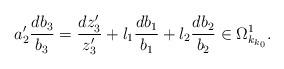
LaTeX: \begin{align*} a_2'\frac{db_3}{b_3}=\frac{dz_3'}{z_3'}+l_1\frac{db_1}{b_1} + l_2 \frac{db_2}{b_2} \in \Omega^1_{k_{k_0}}.\end{align*}